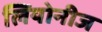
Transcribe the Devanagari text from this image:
लियोनीज